Investigations into the jail dietaries of the United Provinces with some observations on the influence of dietary on the physical development and well-being of the people of the United Provinces - Number 48
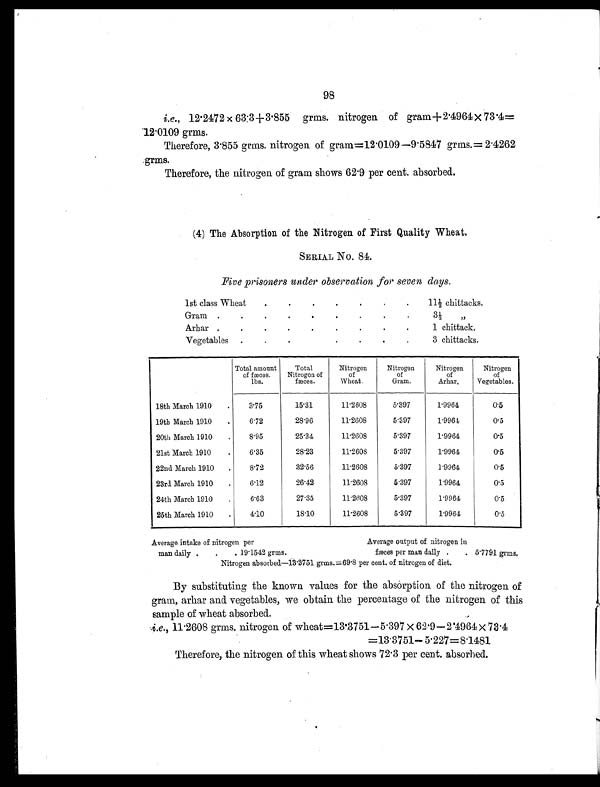
98
i.e., 12.2472 × 63.3+3.855 grms. nitrogen of gram + 2.4964 × 73.4=
12.0109 grms.
Therefore, 3.855 grms. nitrogen of gram=12.0109—9.5847 grms.= 2.4262
grms.
Therefore, the nitrogen of gram shows 62.9 per cent. absorbed.
(4) The Absorption of the Nitrogen of First Quality Wheat.
SERIAL No. 84.
Five prisoners under observation for seven days.
1st class Wheat
.
.
. .
. .
.
1 1 ½ c h i t t a c k s .
Gram .
.
.
.
. .
.
.
.
3 ½ , ,
Arhar .
.
.
.
. .
.
.
.
1 c h i t t a c k .
Vegetables
.
. .
.
.
.
.
3 chittacks.
Total amount
of fæces.
lbs.
Total
Nitrogen of
fæces.
Nitrogen
of
Wheat.
Nitrogen
of
Gram.
Nitrogen
of
Arhar.
Nitrogen
of
Vegetables.
18th March 1910
.
3.75
15.31
11.2608
5.397
1.9964
0.5
19th March 1910
.
6.72
28.96
11.2608
5.397
1.9964
0.5
20th March 1910
.
8.95
25.34
11.2608
5.397
1.9964
0.5
21st March 1910
.
6.35
28.23
11.2608
5.397
1.9964
0.5
22nd March 1910
.
8.72
32.56
11.2608
5.397
1.9964
0.5
23rd March 1910
.
6.12
26.42
11.2608
5.397
1.9964
0.5
24th March 1910
.
6.63
27.35
11.2608
5.397
1.9964
0.5
25th March 1910
.
4.10
18.10
11.2608
5.397
1.9964
0.5
Average intake of nitrogen per
Average output of nitrogen in
man daily .
.
. 19.1542 grms.
fæces per man daily . . 5.7791 grms.
Nitrogen absorbed—13.3751 grms.=69.8 per cent. of nitrogen of diet.
By substituting the known values for the absorption of the nitrogen of
gram, arhar and vegetables, we obtain the percentage of the nitrogen of this
sample of wheat absorbed.
i.e., 11. 2608 gr ms. ni t r ogen of wheat =13. 3751 —5. 397 × 62. 9—2. 4964 × 73. 4
=13.3751— 5.227=8.1481
Therefore, the nitrogen of this wheat shows 72.3 per cent. absorbed.